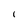
Character: l